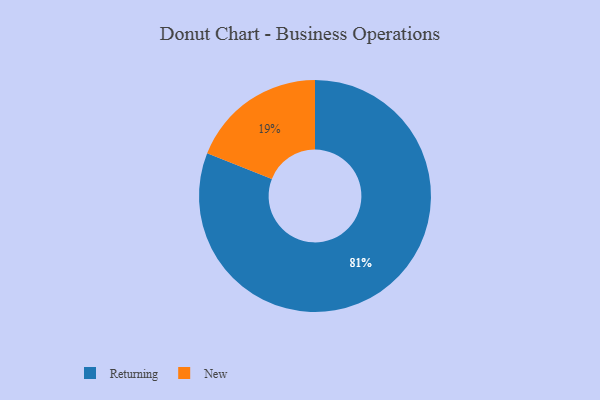
{"axis": {"x": "Category", "y": "Percentage"}, "legend": ["New", "Returning"], "data": [{"x": "New", "y": 19, "type": "New"}, {"x": "Returning", "y": 81, "type": "Returning"}]}